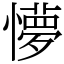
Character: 懜